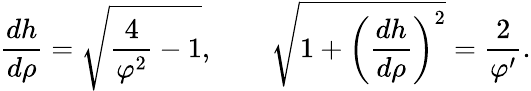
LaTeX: \frac{dh}{d\rho}=\sqrt{\frac{4}{\varphi^{2}}-1},\qquad\sqrt{1+\left(\frac{dh}{d\rho}\right)^{2}}=\frac{2}{\varphi^{\prime}}.